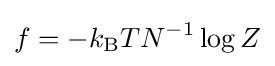
f=-k_{\rm {B}}TN^{-1}\log Z